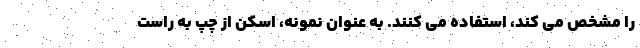
را مشخص می کند، استفاده می کنند. به عنوان نمونه، اسکن از چپ به راست